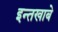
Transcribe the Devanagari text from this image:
इन्तखाबे